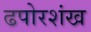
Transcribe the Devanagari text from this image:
ढपोरशंख